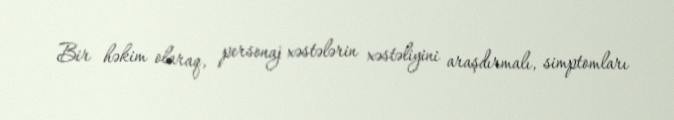
Bir həkim olaraq, personaj xəstələrin xəstəliyini araşdırmalı, simptomları